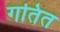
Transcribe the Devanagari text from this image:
गतित